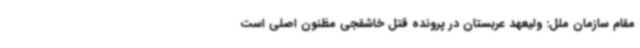
مقام سازمان ملل: ولیعهد عربستان در پرونده قتل خاشقجی مظنون اصلی است